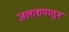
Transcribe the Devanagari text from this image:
जलाशयातुन